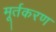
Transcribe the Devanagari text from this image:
मूर्तकरण